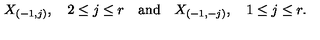
X _ { ( - 1 , j ) } , \quad 2 \leq j \leq r \quad \mathrm { a n d } \quad X _ { ( - 1 , - j ) } , \quad 1 \leq j \leq r .